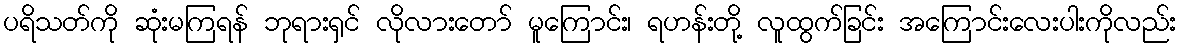
ပရိသတ်ကို ဆုံးမကြရန် ဘုရားရှင် လိုလားတော် မူကြောင်း၊ ရဟန်းတို့ လူထွက်ခြင်း အကြောင်းလေးပါးကိုလည်း